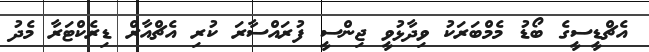
އެޗްޑީސީގެ ބޯޑު މެމްބަރަކު ވިދާޅުވީ ޖިންސީ ފުރައްސާރަ ކުރި އެޗްއާރް ޑިރެކްޓަރާ މެދު